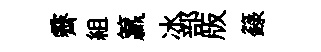
霽組籯冰部版籙